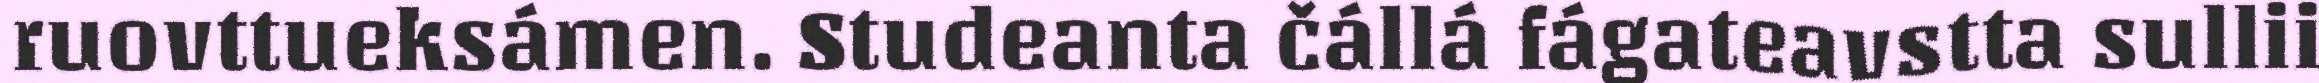
ruovttueksámen. Studeanta čállá fágateavstta sullii